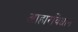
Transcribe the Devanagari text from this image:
आहारविधान